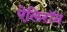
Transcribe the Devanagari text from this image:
ऐलिरॉन